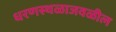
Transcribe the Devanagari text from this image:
धरणस्थळाजवळील